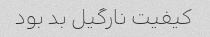
کیفیت نارگیل بد بود